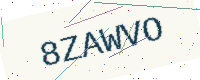
Text: 8ZAWVO